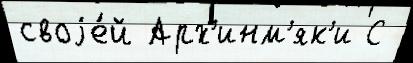
своjе́й Арх'инм'як'и С